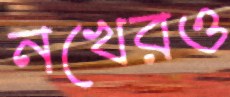
নখেরও